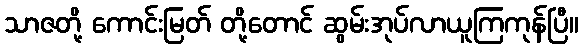
သာဇတို့ ကောင်းမြတ် တို့တောင် ဆွမ်းအုပ်လာယူကြကုန်ပြီ။